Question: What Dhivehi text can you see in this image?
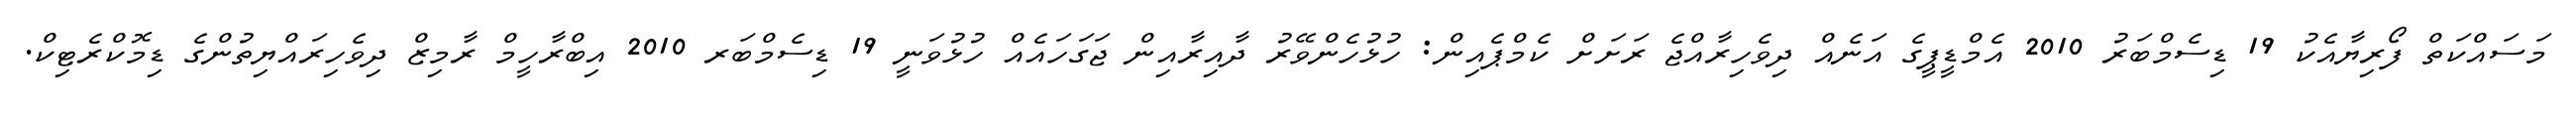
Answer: މަސައްކަތް ފޯރިޔާއެކު 19 ޑިސެމްބަރު 2010 އެމްޑީޕީގެ އަނެއް ދިވެހިރާއްޖެ ރަށަށް ކެމްޕެއިން: ހުޅުހެންވޭރު ދާއިރާއިން ޖަގަހައެއް ހުޅުވަނީ 19 ޑިސެމްބަރ 2010 އިބްރާހީމް ރާމިޒް ދިވެހިރައްޔިތުންގެ ޑިމޮކްރެޓިކް.